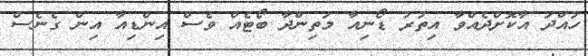
ހުއްދަ އާކޮށްދެއްވާ އިތުރު ޑޯނިއާ މަތިންދާ ބޯޓެއް ވެސް އިންޑިއާ އިން ގެނެސް